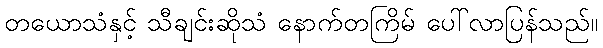
တယောသံနှင့် သီချင်းဆိုသံ နောက်တကြိမ် ပေါ်လာပြန်သည်။